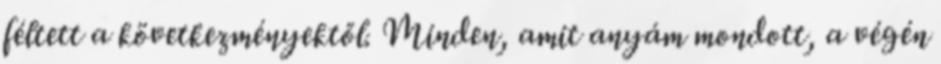
féltett a következményektől. Minden, amit anyám mondott, a végén